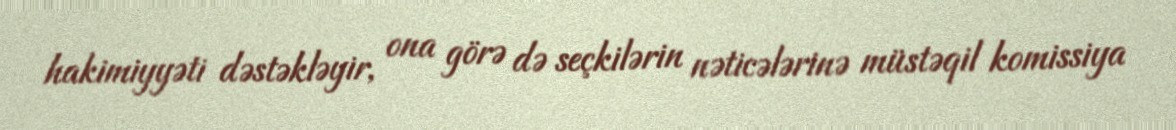
hakimiyyəti dəstəkləyir, ona görə də seçkilərin nəticələrinə müstəqil komissiya